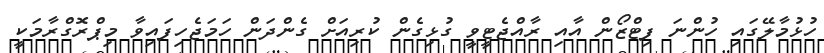
ހުޅުމާލޭގައި ހުންނަ ފިޓްޒޯން އާއި ރާއްޖެޓީވީ ގުޅިގެން ކުރިއަށް ގެންދަން ހަމަޖެހިފައިވާ މިޕްރޮގްރާމަކީ